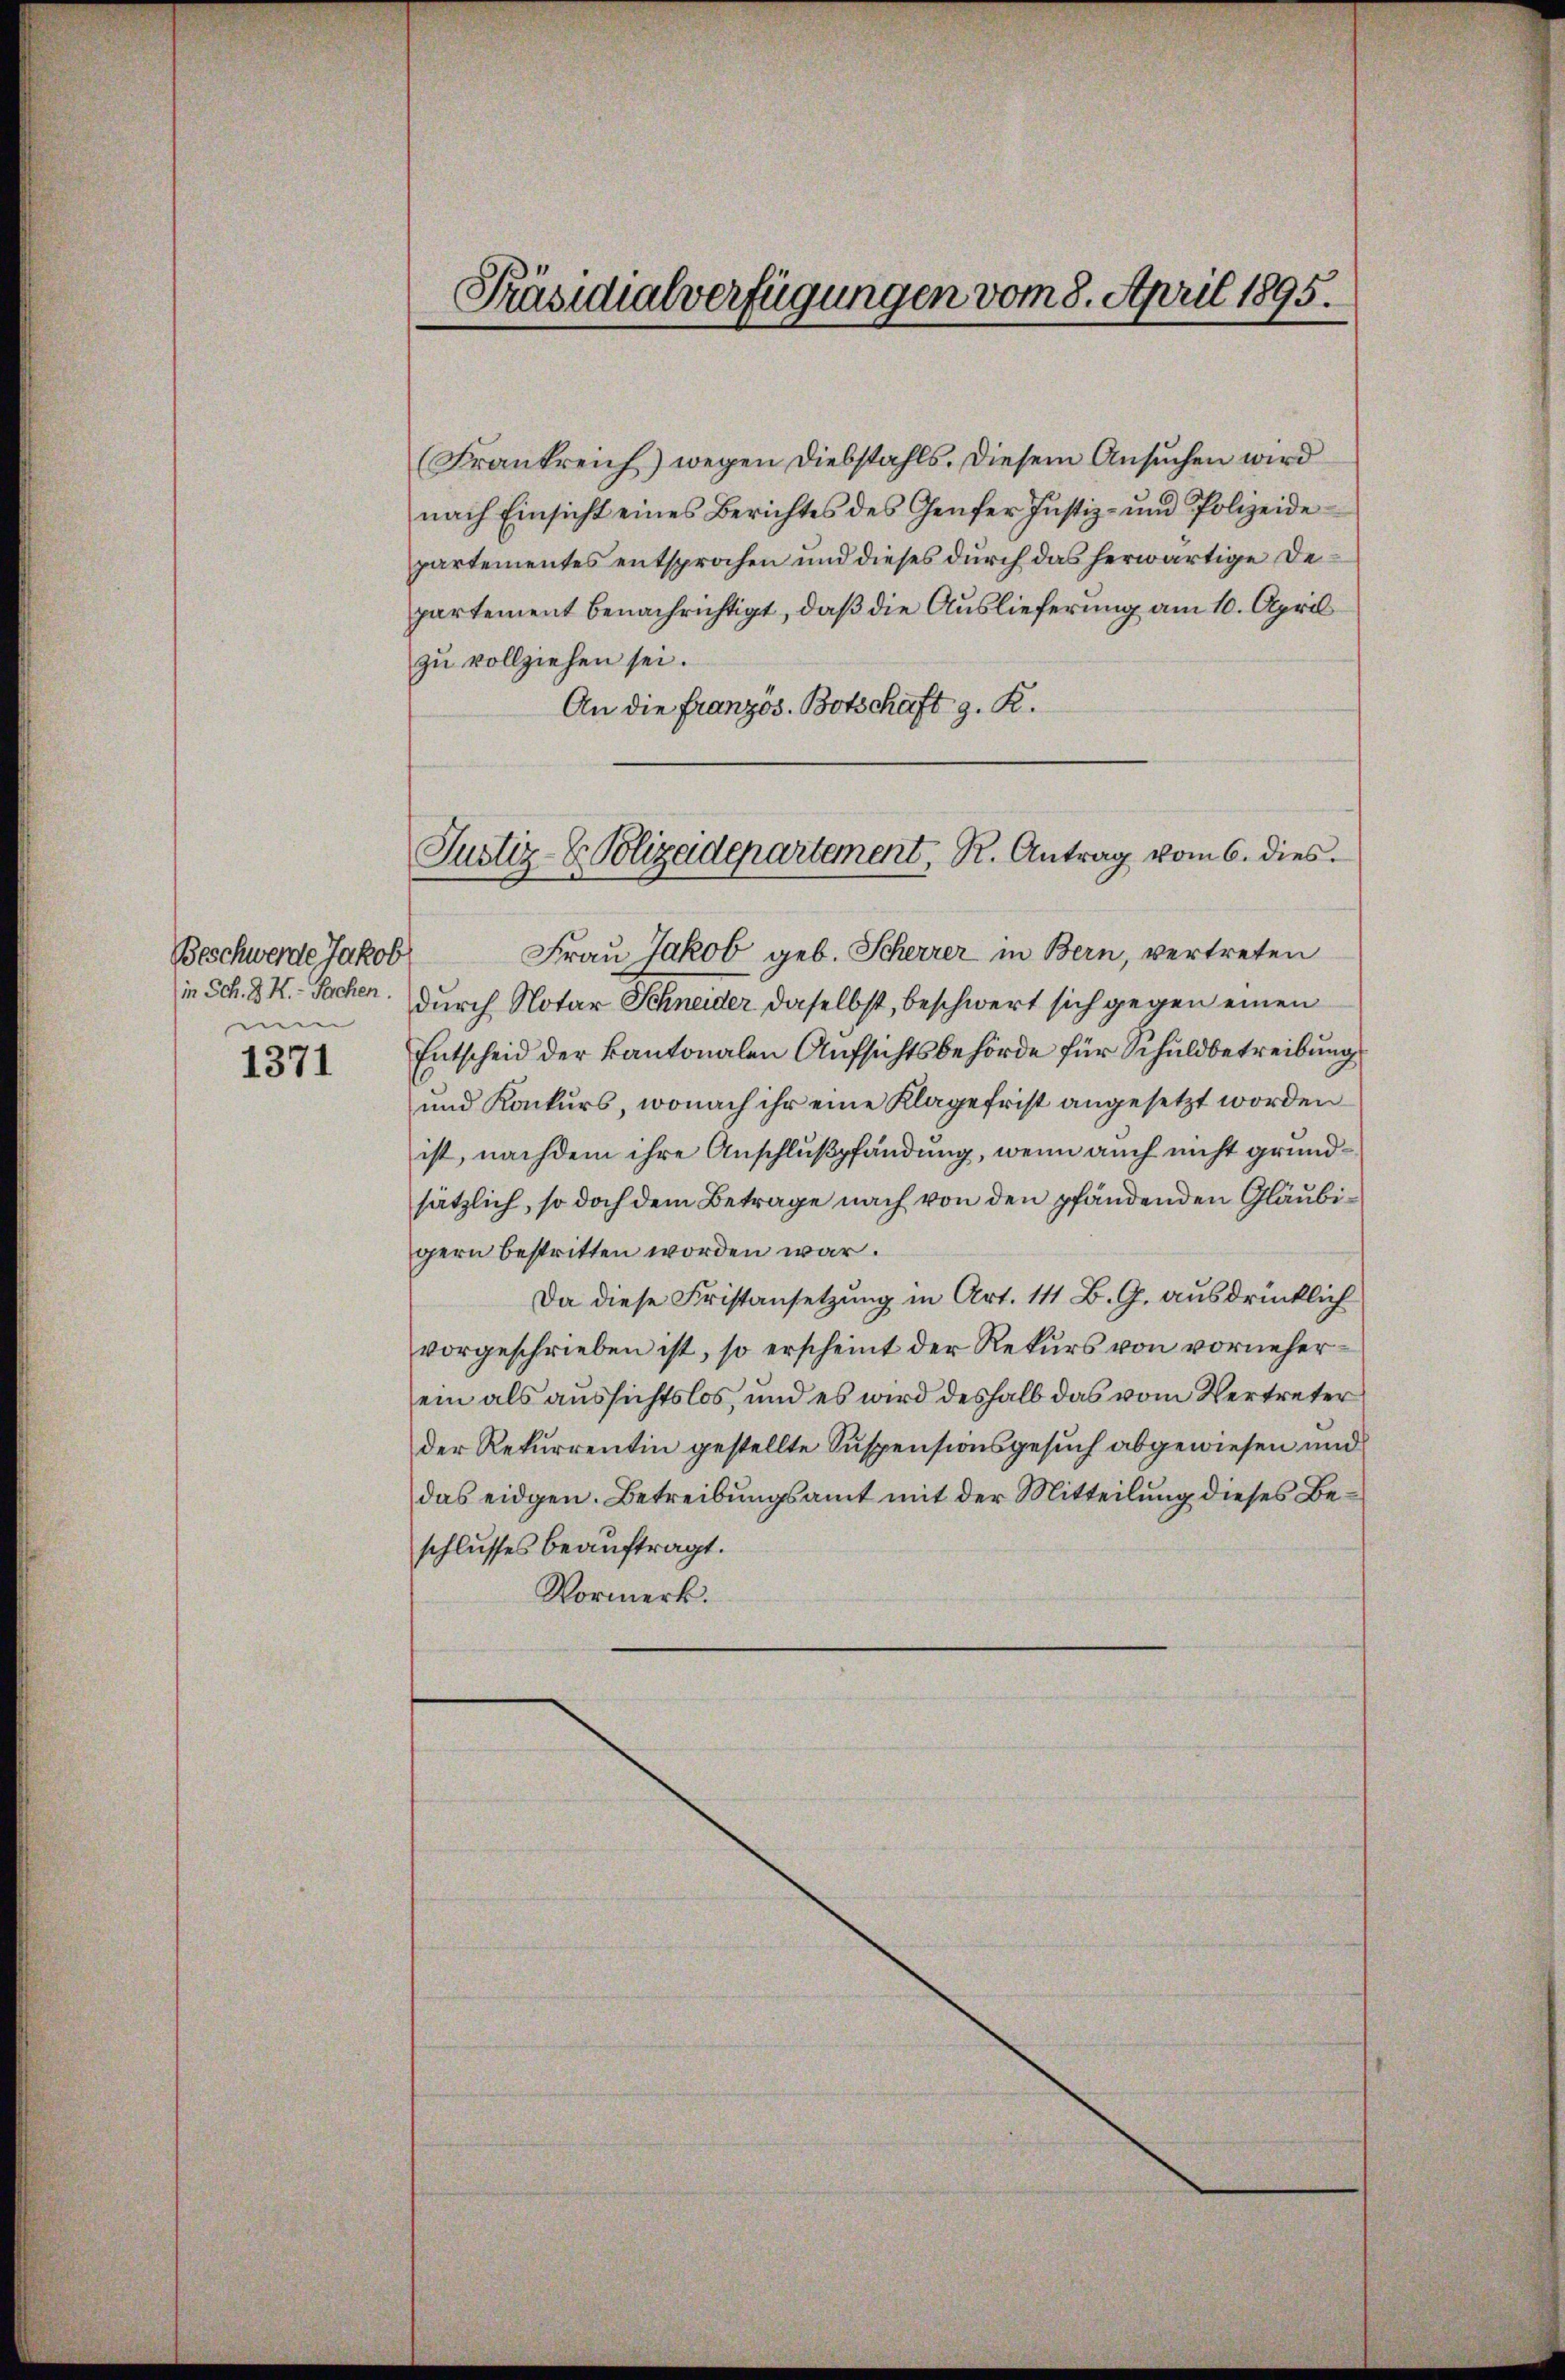
Beschwerde Jakob
in Sch. 3. K. - Sachen.
men

1371

Präsidialverfügungen vom 8. April 1895.

(Frankreich) wegen Diebstahls. Diesem Ansuchen wird
nach Einsicht eines Berichtes des Genfer Justiz- und Polizeide
partementes entsprochen und dieses durch das herwärtige Departement benachrichtigt, daß die Auslieferung am 10. April
zu vollziehen sei.
An die Französ. Botschaft z. R.
Frau Jakob geb. Scherrer in Bern, vertreten
durch Notar Schneider daselbst, beschwert sich gegen einen
Entscheid der kantonalen Aufsichtsbehörde für Schuldbetreibung
und Konkurs, wonach ihr eine Klage frist angesetzt worden
ist, nachdem ihre Anschlußpfändung, wenn auch nicht grundsätzlich, so doch dem Betrage nach von den pfändenden Gläubigern bestritten worden war.
Da diese Fristansetzung in Art. 111 B. G. ausdrücklich
vorgeschrieben ist, so erscheint der Rekurs von vorneherein als aussichtslos, und es wird deshalb das vom Vertreter
der Rekurrentin gestellte Suspensionsgesuch abgewiesen und
das eidgen. Betreibungsamt mit der Mitteilung dieses Beschlusses beauftragt.
Vormerk.

Justiz- & Polizeidepartement, R. Antrag vom 6. dies